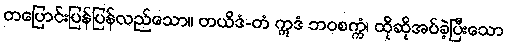
တပြောင်းပြန်ပြန်လည်သော။ တယိဒံ-တံ ဣဒံ ဘဝစက္ကံ၊ ထိုဆိုအပ်ခဲ့ပြီးသော